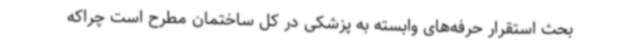
بحث استقرار حرفه‌های وابسته به پزشکی در کل ساختمان مطرح است چراکه